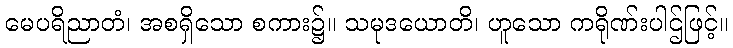
မေပရိညာတံ၊ အစရှိသော စကား၌။ သမုဒယောတိ၊ ဟူသော ကရိုဏ်းပါဌ်ဖြင့်။